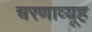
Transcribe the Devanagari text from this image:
चरणाव्यूह